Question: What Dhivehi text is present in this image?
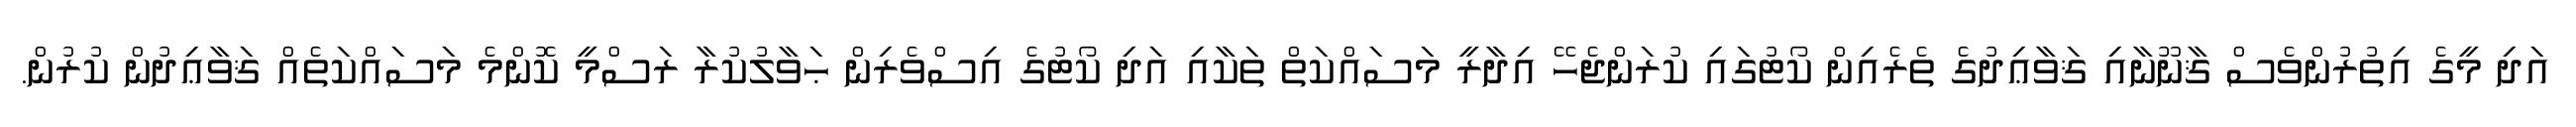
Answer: އަދި މީގެ އިތުރުންވެސް ޤާނޫނާއި ޤަވާޢިދުގެ ތެރެއިން ކޯޓުގައި ކުރަންޖެހޭ އިދާރީ މަސައްކަތް ތަކާއި އަދި ކޯޓުގެ އިސްވެރިން ޙަވާލުކުރާ ރަސްމީ ކޮންމެ މަސައްކަތެއް ޤަވާޢިދުން ކުރުން.